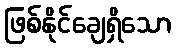
ဖြစ်နိုင်ချေရှိသော